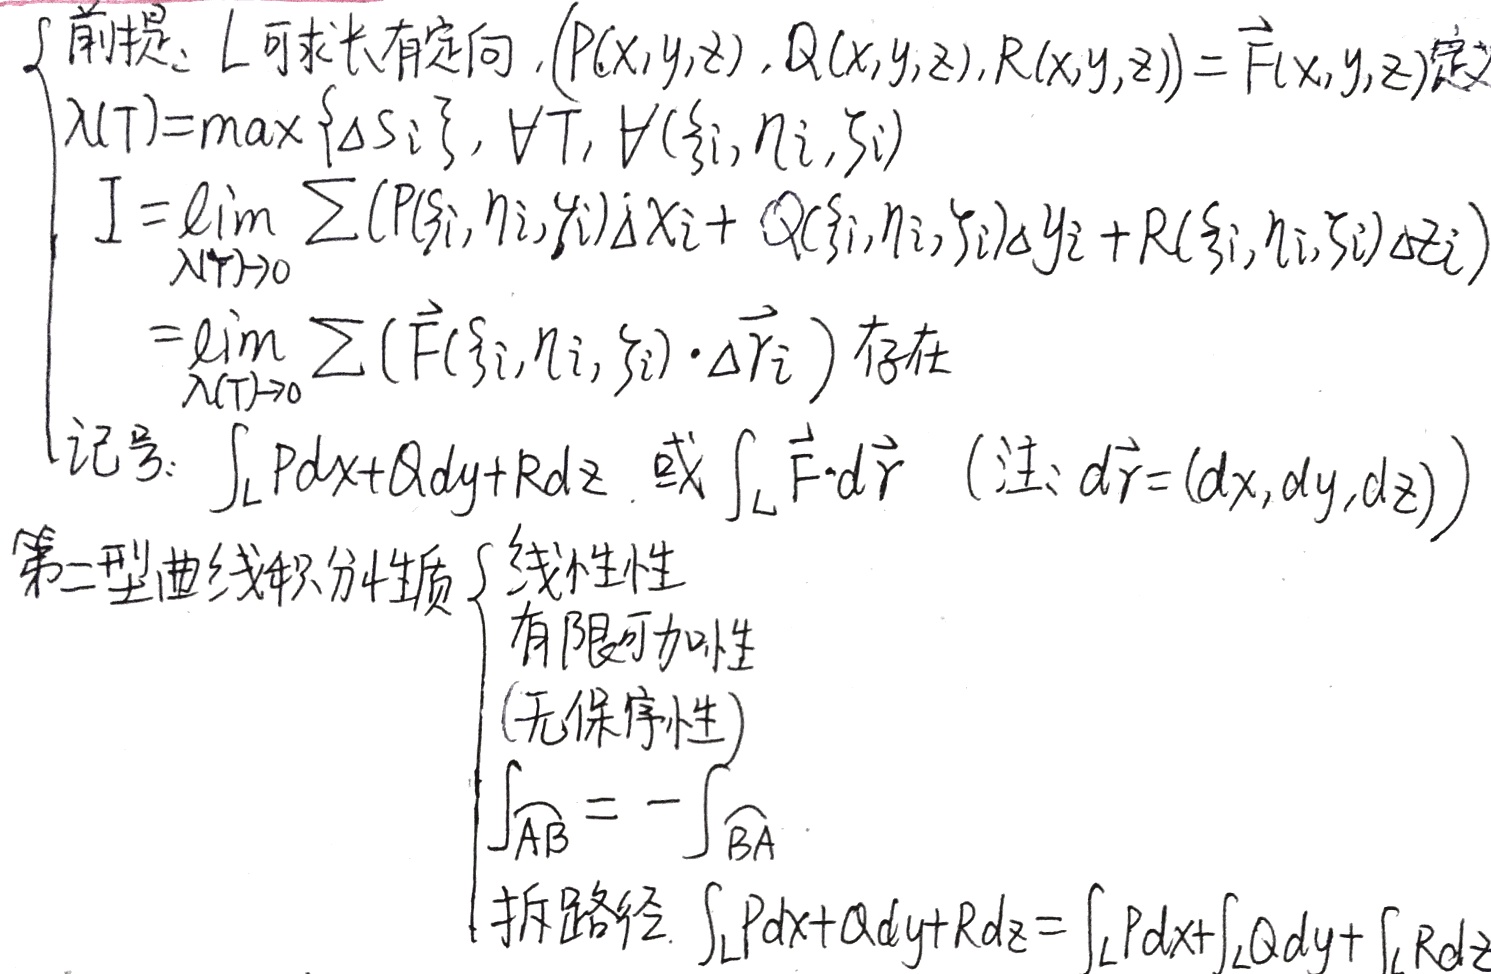
前提：\(L\)可求长有定向，\((P(x,y,z), Q(x,y,z),R(x,y,z)) = \vec{F}(x,y,z)\)，定\(\lambda(T)=\max\{\Delta s_{i}\}\)，\(\forall T\)，\(\forall(\xi_{i},\eta_{i},\zeta_{i})\)。

\[
\begin{align*}
I&=\lim_{\lambda(T)\to0} \sum (P(\xi_{i},\eta_{i},\zeta_{i})\Delta x_{i}+ Q(\xi_{i},\eta_{i},\zeta_{i})\Delta y_{i}+R(\xi_{i},\eta_{i},\zeta_{i})\Delta z_{i})\\
&=\lim_{\lambda(T)\to0} \sum (\vec{F}(\xi_{i},\eta_{i},\zeta_{i})\cdot\Delta\vec{r}_{i}) \text{（存在）}
\end{align*}
\]

记号：\(\int_{L}Pdx + Qdy+Rdz\) 或 \(\int_{L} \vec{F}\cdot d\vec{r}\) （注：\(d\vec{r}=(dx,dy,dz)\)）。

第二型曲线积分性质
\(\begin{cases}
\text{线性性}\\
\text{有限可加性}\\
\text{(无保序性)}\\
\int_{\overset{\frown}{AB}} = -\int_{\overset{\frown}{BA}}\\
\text{拆路径：}\int_{L}Pdx + Qdy+Rdz=\int_{L}Pdx+\int_{L}Qdy+ \int_{L}Rdz
\end{cases}\)